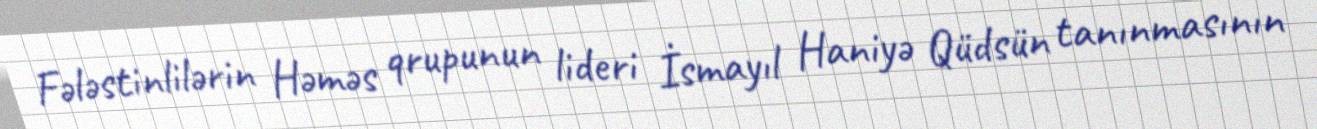
Fələstinlilərin Həməs qrupunun lideri İsmayıl Haniyə Qüdsün tanınmasının